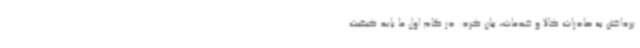
پرداختن به صادرات کالا و خدمات، بیان کرد: در گام اول ما باید کیفیت